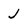
Character: j